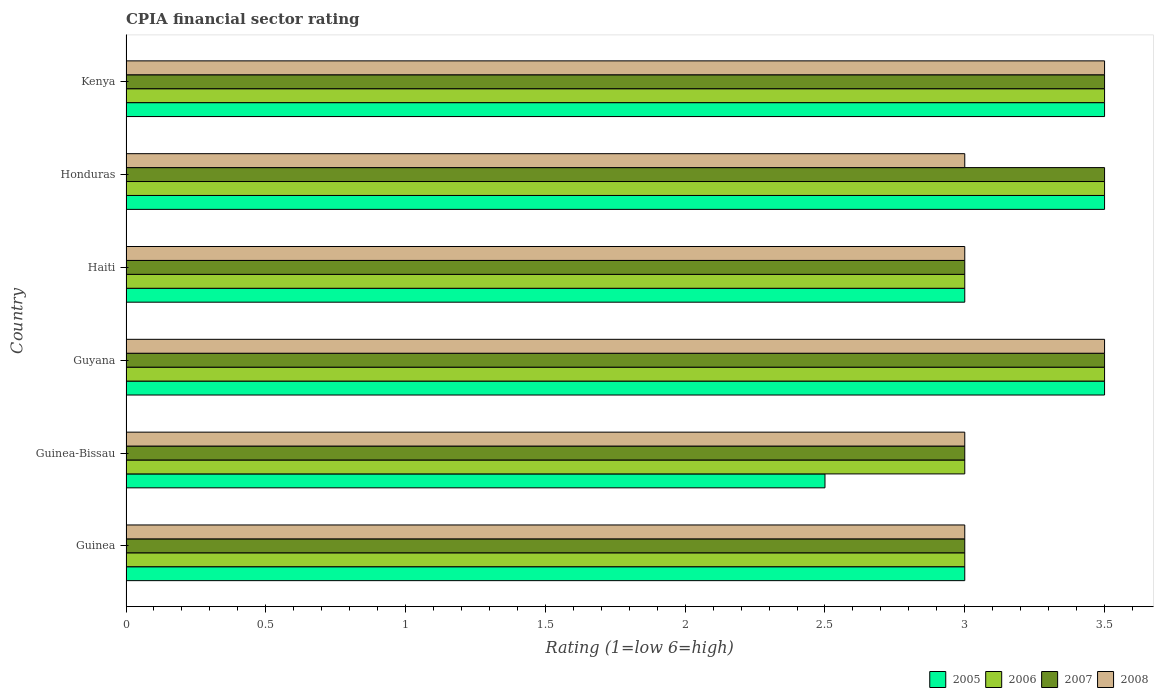
| Country | 2005 | 2006 | 2007 | 2008 |
 | --- | --- | --- | --- | --- |
 | Guinea | 3 | 3 | 3 | 3 |
 | Guinea-Bissau | 2.5 | 3 | 3 | 3 |
 | Guyana | 3.5 | 3.5 | 3.5 | 3.5 |
 | Haiti | 3 | 3 | 3 | 3 |
 | Honduras | 3.5 | 3.5 | 3.5 | 3 |
 | Kenya | 3.5 | 3.5 | 3.5 | 3.5 |